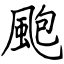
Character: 颮